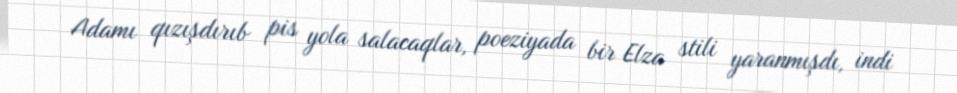
Adamı qızışdırıb pis yola salacaqlar, poeziyada bir Elza stili yaranmışdı, indi